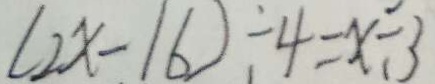
( 2 x - 1 6 ) \div 4 = x \div 3